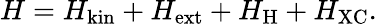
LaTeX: H=H_{\mathrm{kin}}+H_{\mathrm{ext}}+H_{\mathrm{H}}+H_{\mathrm{XC}}.